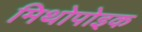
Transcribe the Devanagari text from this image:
मिथोपोइक